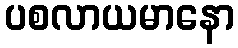
ပစလာယမာနော